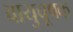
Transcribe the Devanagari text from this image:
वायुचूषक